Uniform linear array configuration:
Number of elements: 12
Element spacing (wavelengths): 0.25
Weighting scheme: hamming
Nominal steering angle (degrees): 45
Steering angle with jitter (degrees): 46.396
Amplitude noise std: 0.05
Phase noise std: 0.05

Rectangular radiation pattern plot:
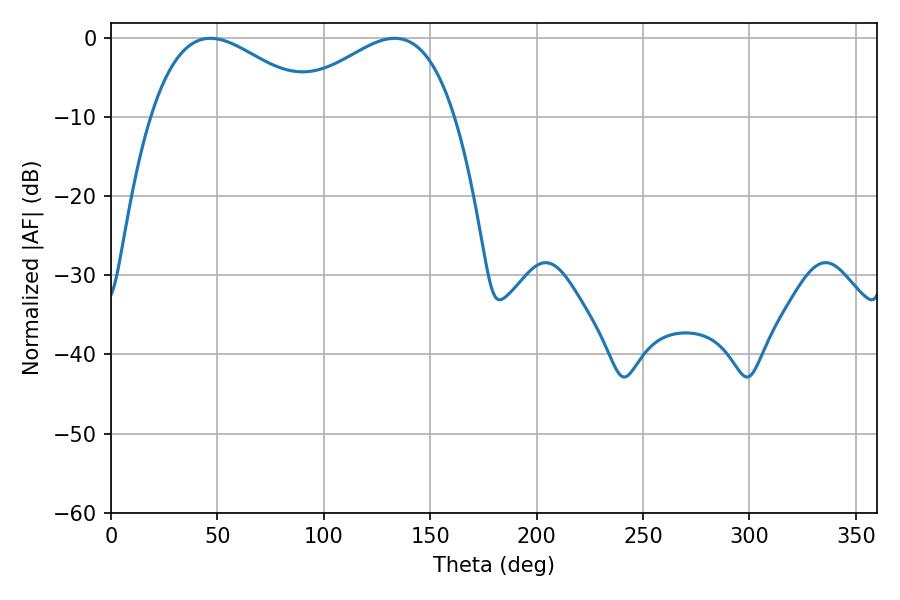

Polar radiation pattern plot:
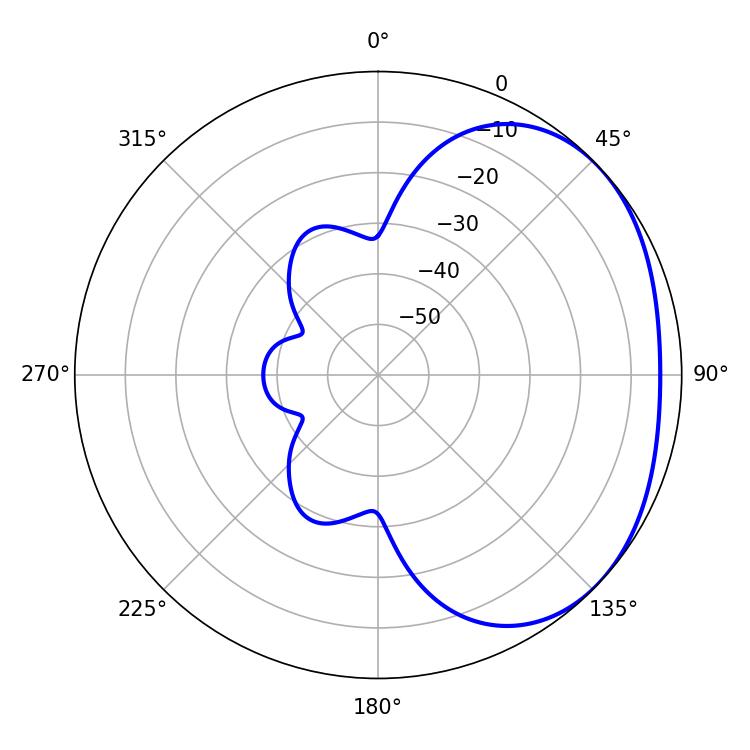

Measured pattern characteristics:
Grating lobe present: FALSE
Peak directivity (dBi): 2.219
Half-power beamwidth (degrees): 43.38
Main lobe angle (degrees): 46.8